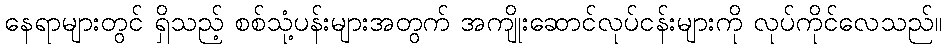
နေရာများတွင် ရှိသည့် စစ်သုံ့ပန်းများအတွက် အကျိုးဆောင်လုပ်ငန်းများကို လုပ်ကိုင်လေသည်။